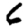
Digit: 6